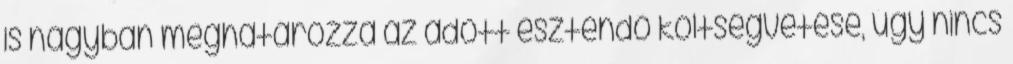
is nagyban meghatározza az adott esztendő költségvetése, úgy nincs